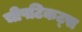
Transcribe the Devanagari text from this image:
चीपटिकट्स